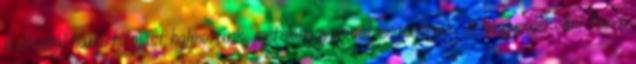
evőkanál habart tojást halmozunk, metélőhagymával megszórjuk. A hagymalekvárt forró